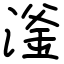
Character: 滏